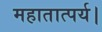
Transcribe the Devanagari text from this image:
महातात्पर्य।